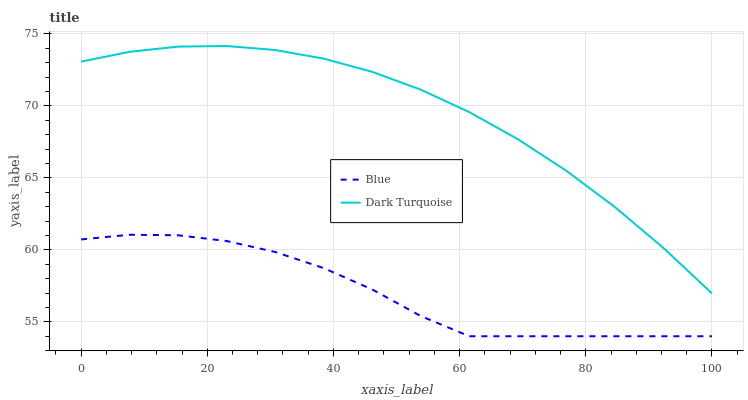
| xaxis_label | Blue | Dark Turquoise |
 | --- | --- | --- |
 | 0 | 60.7 | 73.1 |
 | 7.69 | 61.1 | 73.8 |
 | 15.4 | 61 | 74.1 |
 | 23.1 | 60.6 | 74.2 |
 | 30.8 | 59.9 | 73.9 |
 | 38.5 | 58.7 | 73.3 |
 | 46.2 | 57.2 | 72.4 |
 | 53.8 | 55.4 | 71.1 |
 | 61.5 | 54 | 69.6 |
 | 69.2 | 54 | 67.7 |
 | 76.9 | 54 | 65.5 |
 | 84.6 | 54 | 63 |
 | 92.3 | 54 | 60.1 |
 | 100 | 54 | 57 |